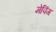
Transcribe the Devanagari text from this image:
मेपिंग